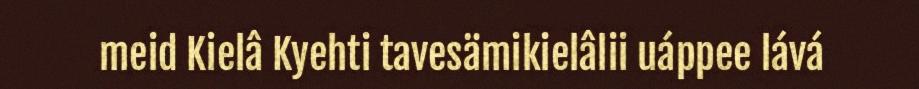
meid Kielâ Kyehti tavesämikielâlii uáppee lává